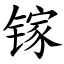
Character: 镓